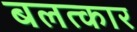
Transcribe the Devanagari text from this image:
बलत्कार